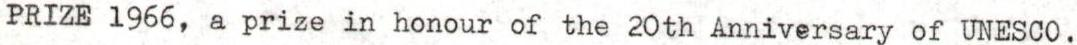
PRIZE 1966, a prize in honour of the 20th Anniversary of UNESCO.